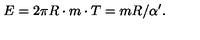
E = 2 \pi R \cdot m \cdot T = m R / \alpha ^ { \prime } .